Problem: 38 + 1 = ?
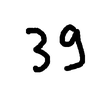
Handwritten answer: 39